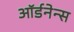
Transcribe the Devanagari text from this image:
ऑर्डनेन्स